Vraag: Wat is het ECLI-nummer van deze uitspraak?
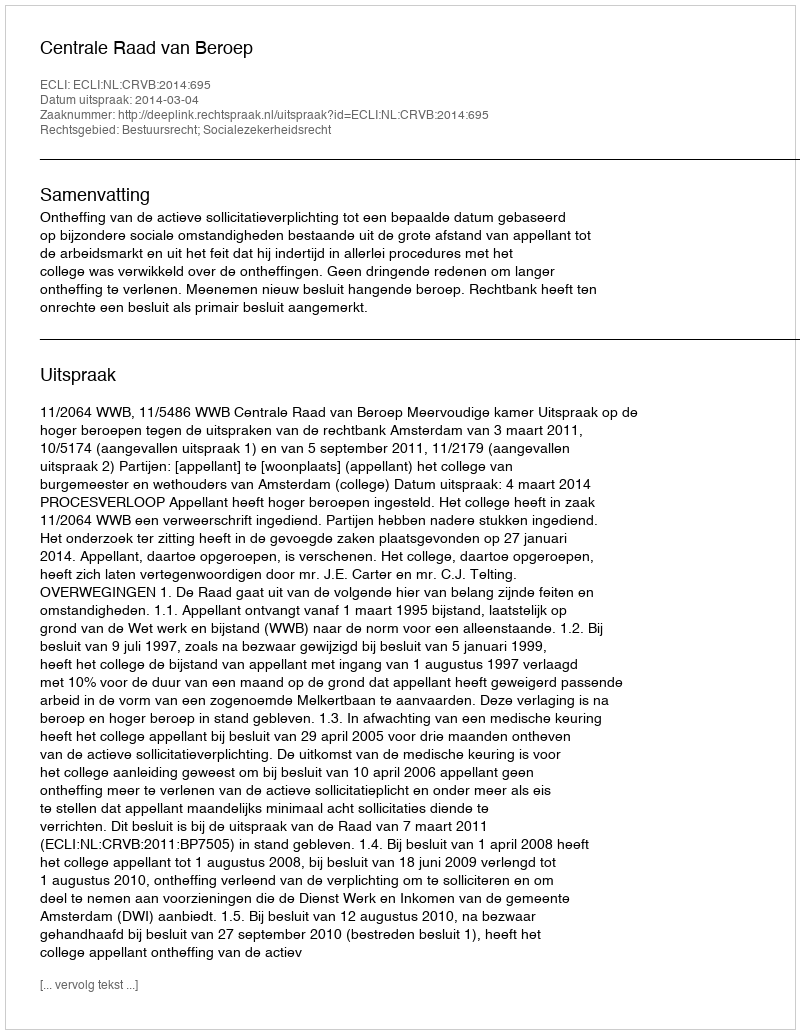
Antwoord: ECLI:NL:CRVB:2014:695